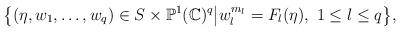
LaTeX: \begin{align*}\big\{(\eta,w_{1},\ldots,w_{q}) \in S\times\mathbb{P}^{1}(\mathbb{C})^{q}\big|w_{l}^{m_{l}}=F_{l}(\eta),\ 1 \leq l \leq q\big\}, \end{align*}